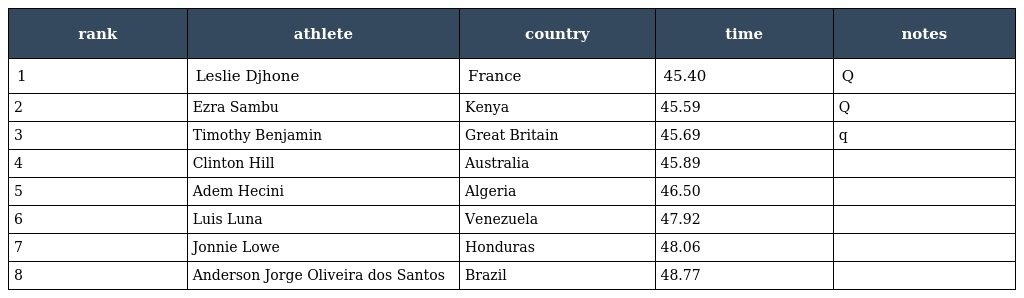
| rank | athlete | country | time | notes |
 | --- | --- | --- | --- | --- |
 | 1 | Leslie Djhone | France | 45.40 | Q |
 | 2 | Ezra Sambu | Kenya | 45.59 | Q |
 | 3 | Timothy Benjamin | Great Britain | 45.69 | q |
 | 4 | Clinton Hill | Australia | 45.89 |  |
 | 5 | Adem Hecini | Algeria | 46.50 |  |
 | 6 | Luis Luna | Venezuela | 47.92 |  |
 | 7 | Jonnie Lowe | Honduras | 48.06 |  |
 | 8 | Anderson Jorge Oliveira dos Santos | Brazil | 48.77 |  |